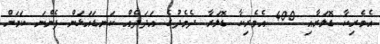
އެމެރިކާ ޑޮލަރާއި 400 އެމެރިކާ ޑޮލަރާ ދެމެދުގެ އަދަދެއް ކަނޑައަޅަން ފެންނަ ކަމަށް